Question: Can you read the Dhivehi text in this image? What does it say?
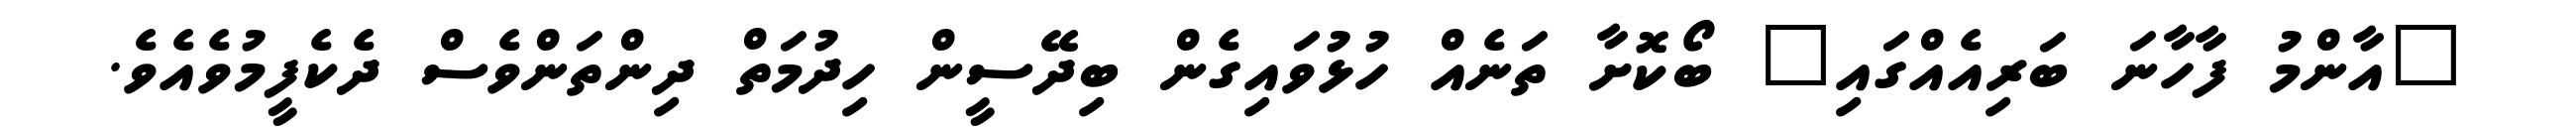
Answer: "އާންމު ފާހާނަ ބަރިއެއްގައި" ބޯކޮށާ ތަނެއް ހުޅުވައިގެން ބިދޭސީން ހިދުމަތް ދިންތަންވެސް ދެކެފީމުވެއެވެ.